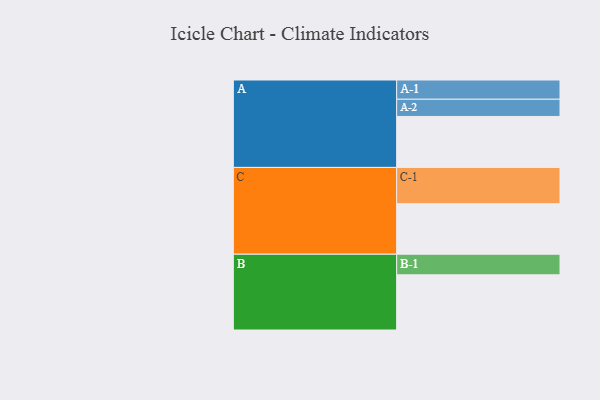
{"axis": {"x": "Segment", "y": "Value"}, "legend": ["", "A", "B", "C"], "data": [{"x": "A", "y": 411, "type": ""}, {"x": "B", "y": 445, "type": ""}, {"x": "C", "y": 407, "type": ""}, {"x": "A-1", "y": 155, "type": "A"}, {"x": "A-2", "y": 139, "type": "A"}, {"x": "B-1", "y": 166, "type": "B"}, {"x": "C-1", "y": 293, "type": "C"}]}